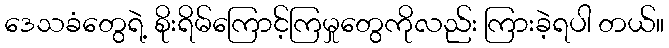
ဒေသခံတွေရဲ့ စိုးရိမ်ကြောင့်ကြမှုတွေကိုလည်း ကြားခဲ့ရပါ တယ်။